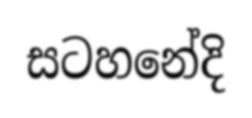
සටහනේදි